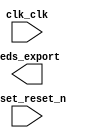

module niosLab2 (
	clk_clk,
	leds_export,
	reset_reset_n);	

	input		clk_clk;
	output	[5:0]	leds_export;
	input		reset_reset_n;
endmodule